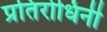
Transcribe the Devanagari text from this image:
प्रतिरोधिनी